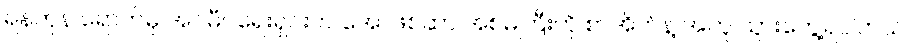
ရန်ကုန် ရောက်မှ အင်မီဂရေးရှင်းက အော်ဖစ်ဆာ အစ်မကြီးကို စာအိတ်နဲ့ အတူ သွားတွေ့ရပါတယ်။